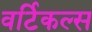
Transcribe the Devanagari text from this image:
वर्टिकल्स